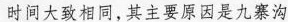
时间大致相同，其主要原因是九寨沟